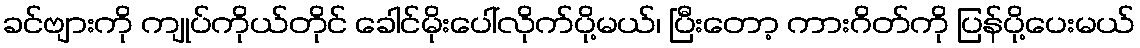
ခင်ဗျားကို ကျုပ်ကိုယ်တိုင် ခေါင်မိုးပေါ်လိုက်ပို့မယ်၊ ပြီးတော့ ကားဂိတ်ကို ပြန်ပို့ပေးမယ်